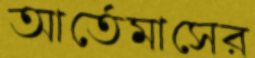
আর্তেমাসের